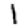
Digit: 1